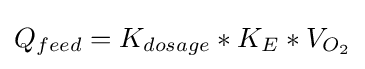
Q_{feed}=K_{dosage}*K_{E}*V_{O_{2}}